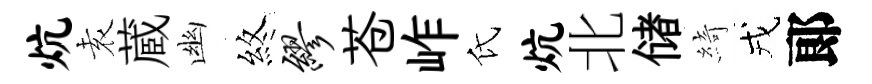
炕𡊮蔵幽煞缪苍岞氏炕北储綺戎郞